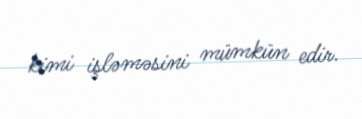
kimi işləməsini mümkün edir.